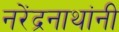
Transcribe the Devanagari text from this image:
नरेंद्रनाथांनी